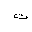
Letter: _ta